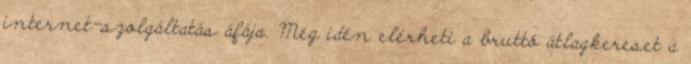
internet-szolgáltatás áfája. Még idén elérheti a bruttó átlagkereset a